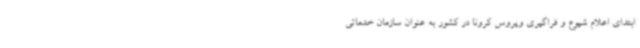
ابتدای اعلام شیوع و فراگیری ویروس کرونا در کشور به عنوان سازمان خدماتی